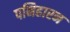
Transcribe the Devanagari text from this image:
पनिहारन